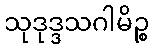
သုဒုဒ္ဒသဂါမိဉ္စ